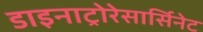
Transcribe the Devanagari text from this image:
डाइनाट्रोरेसार्सिनेट